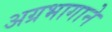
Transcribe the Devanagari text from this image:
अग्रभागाने